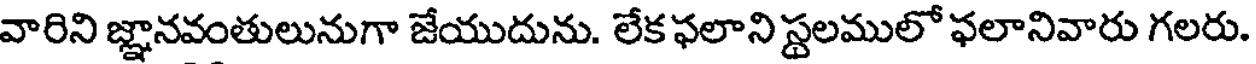
వారిని జ్ఞానవంతులునుగా జేయుదును. లేక ఫలాని స్టలములో ఫలానివారు గలరు.